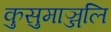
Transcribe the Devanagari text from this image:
कुसुमाञ्जलि